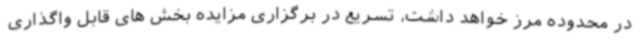
در محدوده مرز خواهد داشت، تسریع در برگزاری مزایده بخش های قابل واگذاری